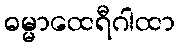
ဓမ္မာထေရီဂါထာ